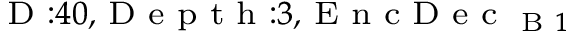
_ { \textrm { D } : 4 0 , \textrm { D e p t h } : 3 , \textrm { E n c D e c } _ { \textrm { B } 1 } }